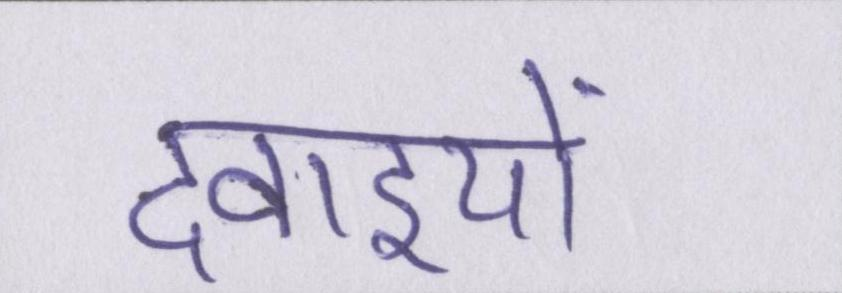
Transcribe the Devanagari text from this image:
दवाइयों